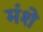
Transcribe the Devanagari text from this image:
मंशे